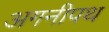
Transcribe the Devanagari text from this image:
अगनीपथ